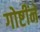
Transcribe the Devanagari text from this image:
गोष्टींने